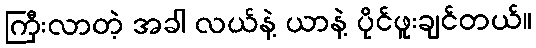
ကြီးလာတဲ့ အခါ လယ်နဲ့ ယာနဲ့ ပိုင်ဖူးချင်တယ်။